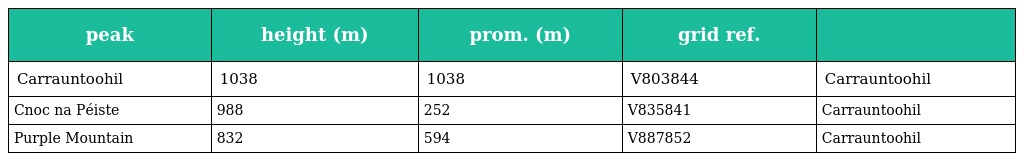
| peak | height (m) | prom. (m) | grid ref. |  |
 | --- | --- | --- | --- | --- |
 | Carrauntoohil | 1038 | 1038 | V803844 | Carrauntoohil |
 | Cnoc na Péiste | 988 | 252 | V835841 | Carrauntoohil |
 | Purple Mountain | 832 | 594 | V887852 | Carrauntoohil |